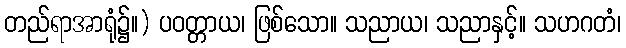
တည်ရာအာရုံ၌။) ပဝတ္တာယ၊ ဖြစ်သော။ သညာယ၊ သညာနှင့်။ သဟဂတံ၊